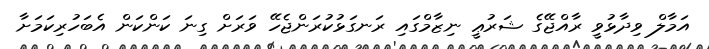
އަމާލް ވިދާޅުވީ ރާއްޖޭގެ ޝަރުޢީ ނިޒާމްގައި ރަނގަޅުކުރަންޖެހޭ ވަރަށް ގިނަ ކަންކަން އެބަހުރިކަމަށާ